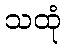
သထုံ